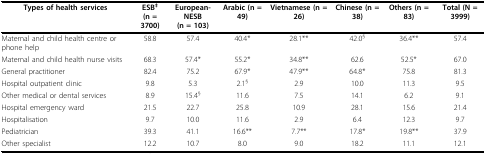
<table><thead><tr><td><b>Types of health services</b></td><td><b>ESB<sup>‡</sup>(n = 3700)</b></td><td><b>European-NESB(n = 103)</b></td><td><b>Arabic (n = 49)</b></td><td><b>Vietnamese (n = 26)</b></td><td><b>Chinese (n = 38)</b></td><td><b>Others (n = 83)</b></td><td><b>Total (N = 3999)</b></td></tr></thead><tbody><tr><td>Maternal and child health centre or phone help</td><td>58.8</td><td>57.4</td><td>40.4*</td><td>28.1**</td><td>42.0<sup>§</sup></td><td>36.4**</td><td>57.4</td></tr><tr><td>Maternal and child health nurse visits</td><td>68.3</td><td>57.4*</td><td>55.2*</td><td>34.8**</td><td>62.6</td><td>52.5*</td><td>67.0</td></tr><tr><td>General practitioner</td><td>82.4</td><td>75.2</td><td>67.9*</td><td>47.9**</td><td>64.8*</td><td>75.8</td><td>81.3</td></tr><tr><td>Hospital outpatient clinic</td><td>9.8</td><td>5.3</td><td>2.1<sup>§</sup></td><td>2.9</td><td>10.0</td><td>11.3</td><td>9.5</td></tr><tr><td>Other medical or dental services</td><td>8.9</td><td>15.4<sup>§</sup></td><td>11.6</td><td>7.5</td><td>14.1</td><td>6.2</td><td>9.1</td></tr><tr><td>Hospital emergency ward</td><td>21.5</td><td>22.7</td><td>25.8</td><td>10.9</td><td>28.1</td><td>15.6</td><td>21.4</td></tr><tr><td>Hospitalisation</td><td>9.7</td><td>10.0</td><td>11.6</td><td>2.9</td><td>6.4</td><td>12.3</td><td>9.7</td></tr><tr><td>Pediatrician</td><td>39.3</td><td>41.1</td><td>16.6**</td><td>7.7**</td><td>17.8*</td><td>19.8**</td><td>37.9</td></tr><tr><td>Other specialist</td><td>12.2</td><td>10.7</td><td>8.0</td><td>9.0</td><td>18.2</td><td>11.1</td><td>12.1</td></tr></tbody></table>